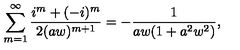
\sum _ { m = 1 } ^ { \infty } \frac { i ^ { m } + ( - i ) ^ { m } } { 2 ( a w ) ^ { m + 1 } } = - \frac { 1 } { a w ( 1 + a ^ { 2 } w ^ { 2 } ) } ,